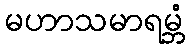
မဟာသမာရမ္ဘံ